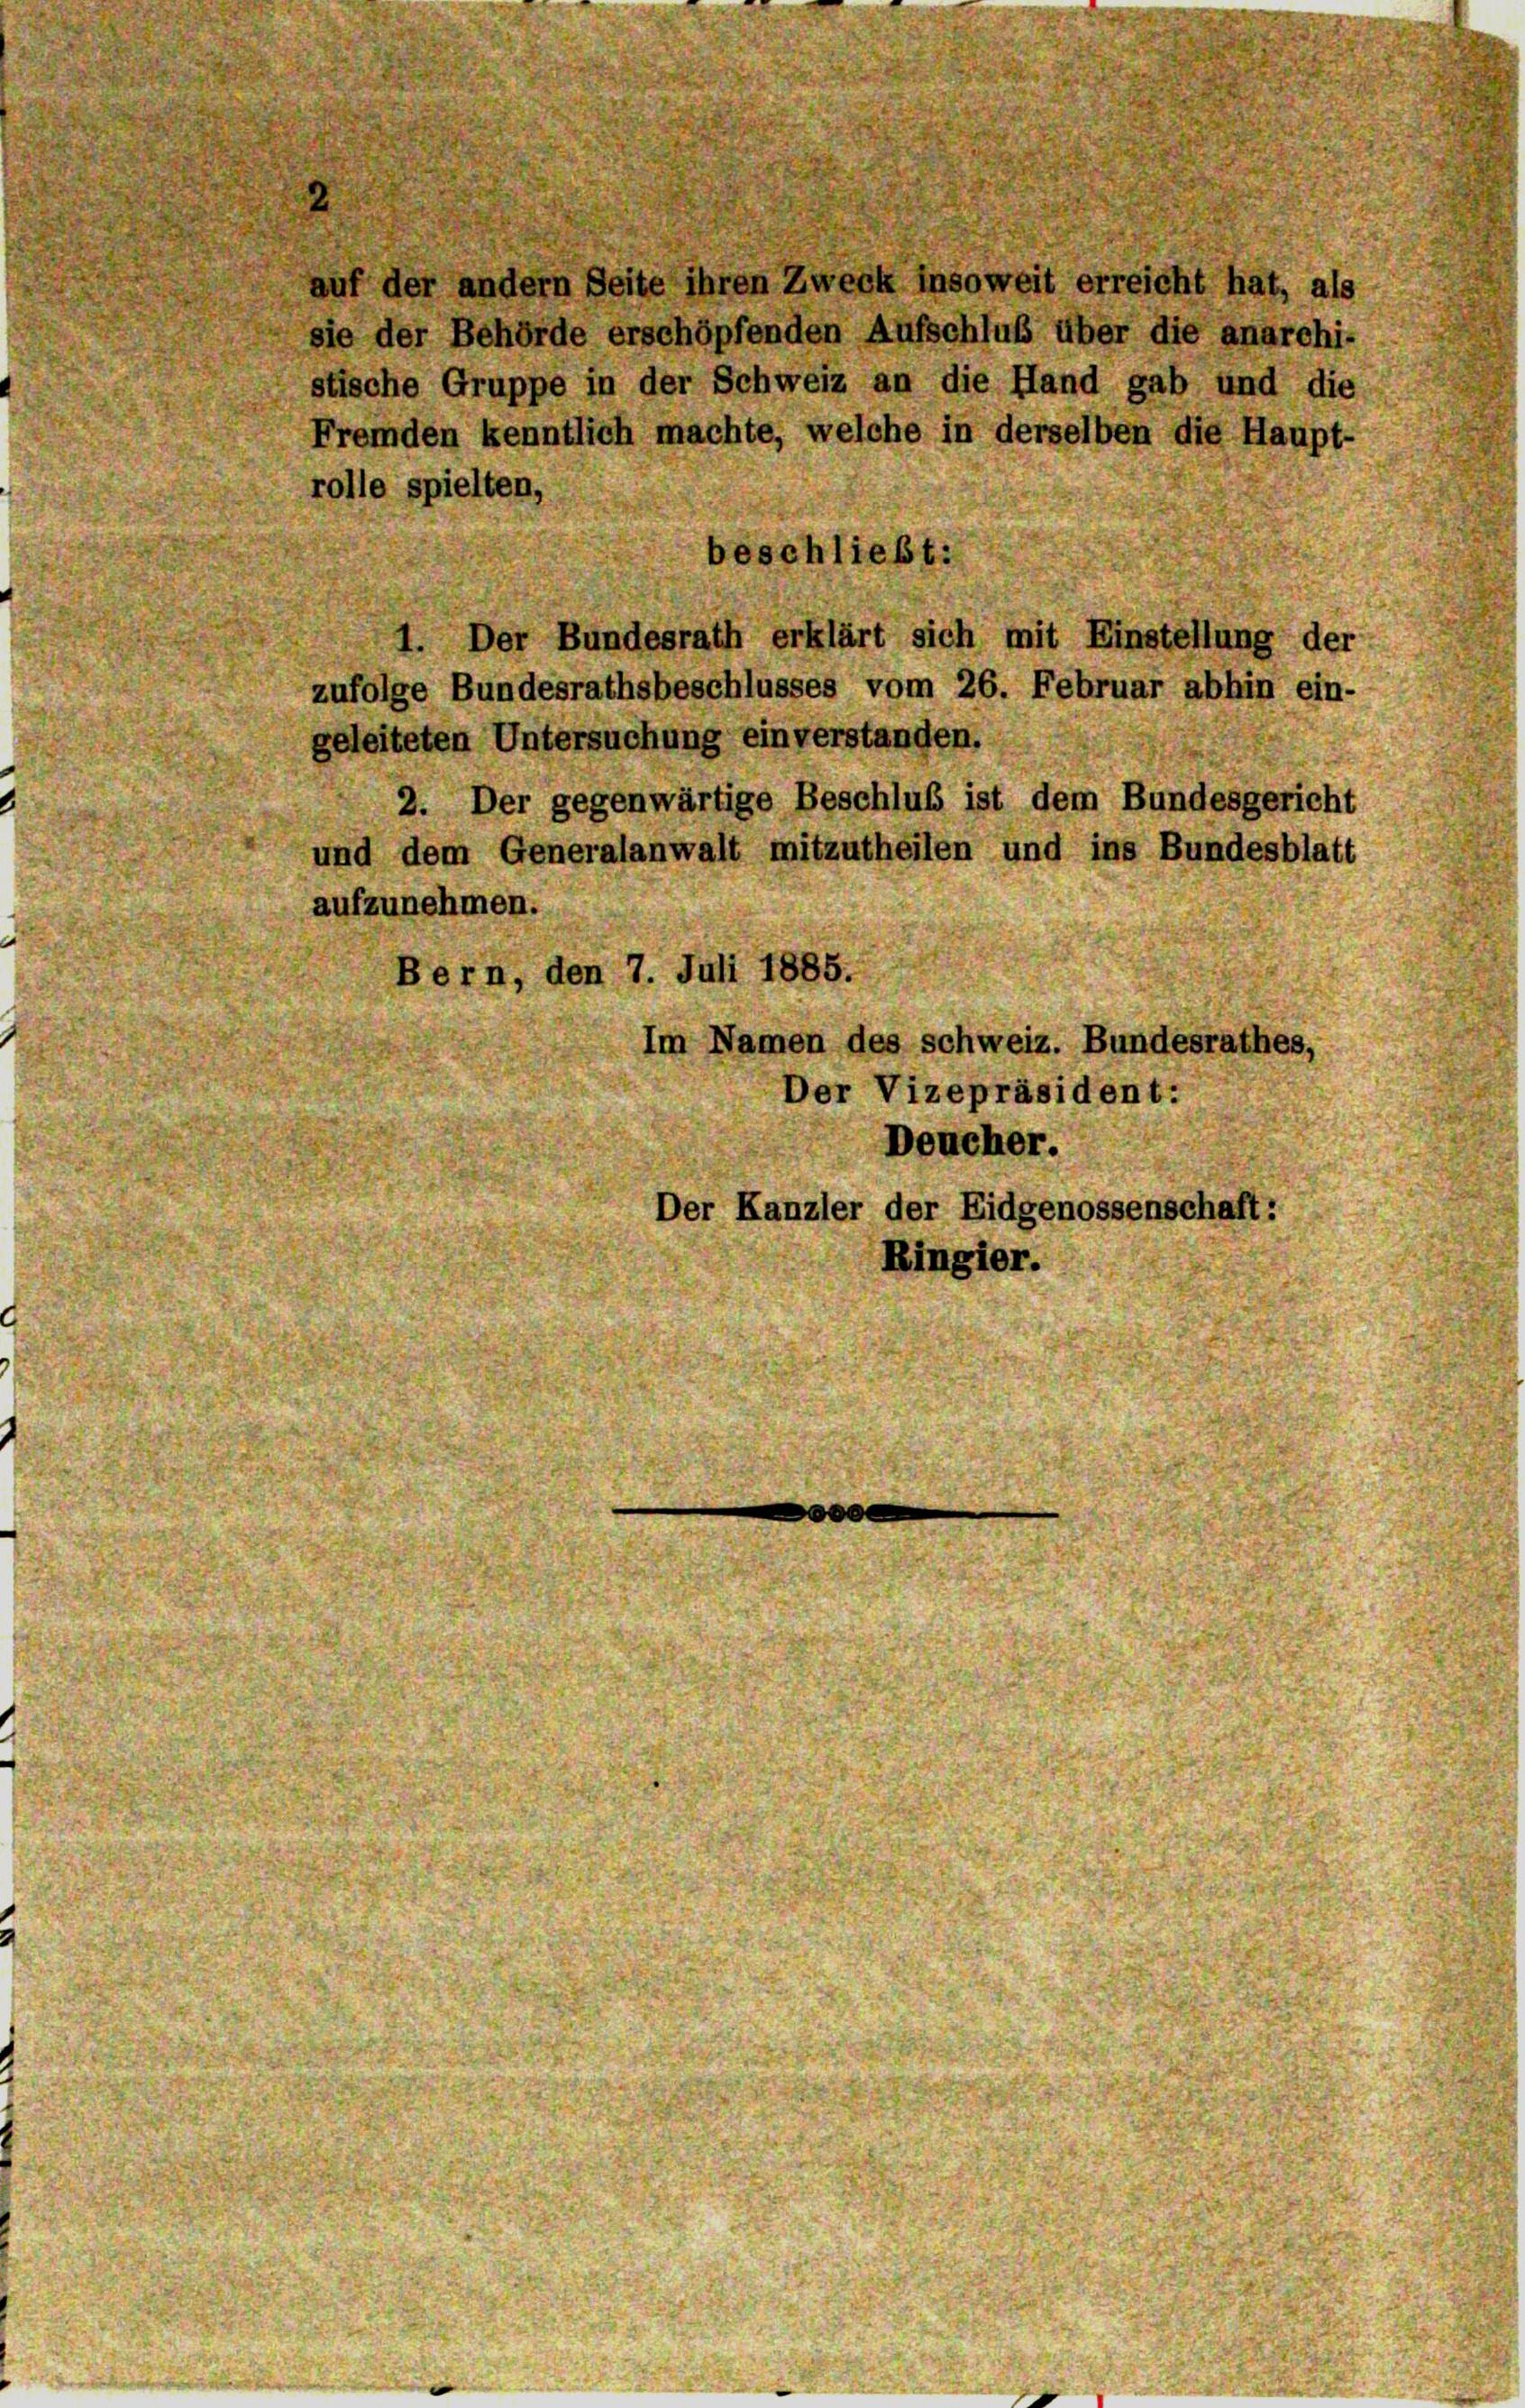
ler andern Seite ihren Zweck insoweit erreicht ha
ie der Behörde erschöpfenden Aufschluß über die anarchi
stische Gruppe in der Schweiz an die Hand gab und die
Fremden kenntlich machte, welche in derselben die Haup
rolle spielten,
Der Bundesrath erklärt sich mit Einstellung
zufolge Bundesrathsbeschlusses vom 26. Februar abhin ein-
geleiteten Untersuchung einverstanden.
2. Der gegenwärtige Beschluß ist dem Bundesgericht
und dem Generalanwalt mitzutheilen und ins Bundesblatt
aufzunehmen.
ern, den 7. Juli 1885.
Im Namen des Schweiz. Bundesrathes
Der Vizepräsident:
Deucher.
Der Kanzler der Eidgenossenschaf
Ringier.